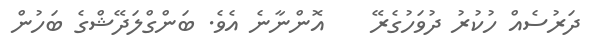
ދަރުސެއް ހުކުރު ދުވަހުގެރޭ    އޮންނާނެ އެވެ. ބަންގްލަދޭޝްގެ ބަހުން